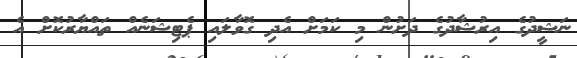
ނަޝީދުގެ އިރުޝާދުގެ ދަށުން މި ކަމަށް އެދި ގޮވާލައި ޕެޓިޝަނެއް ތައްޔާރުކޮށް އެ